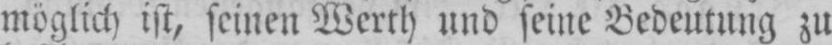
möglich ist, seinen Werth und seine Bedeutung zu